Annual report of the Civil Veterinary Department, Bengal, for the year 1897-98 - 1897-1898
Year: 1897
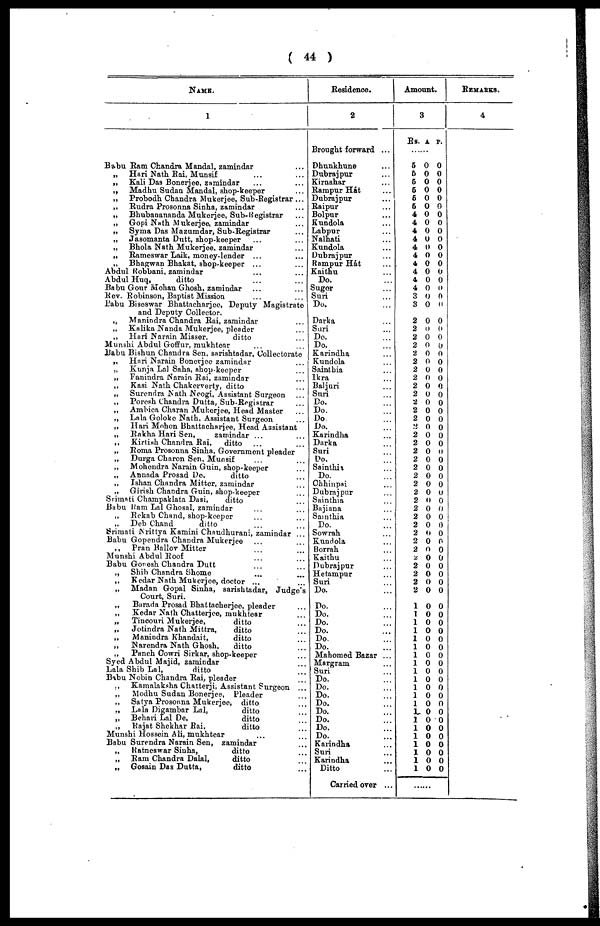
( 44 )
NAME.
1
Babu Ram Chandra Mandal, zamindar ...
„
Hari Nath Rai, Munsif ... ...
„
Kali Das Bonerjee, zamindar ... ...
„
Madhu Sudan Mandal, shop-keeper ...
„
Probodh Chandra Mukerjee, Sub-Registrar ...
„ Rudra Prosonna Sinha, zamindar ...
„
Bhubanananda Mukerjee, Sub-Registrar ...
„
Gopi Nath Mukerjee, zamindar ...
„
Syma Das Mazumdar, Sub-Registrar ...
„
Jasomanta Dutt, shop-keeper ...
„
Bhola Nath Mukerjee, zamindar ...
„ Rameswar Laik, money-lender ... ...
„
Bhagwan Bhakat, shop-keeper ... ...
Abdul Robbani, zamindar ... ...
Abdul Huq,
ditto ... ...
Babu Gour Mohan Ghosh, zamindar ... ...
Rev. Robinson, Baptist Mission ... ...
Pabu Biseswar Bhattacharjee, Deputy Magistrate
and Deputy Collector.
„
Manindra Chandra Rai, zamindar ...
„
Kalika Nanda Mukerjee, pleader ...
„
Hari Narain Misser,
ditto ...
Munshi Abdul Goffur, mukhtear ... ...
Babu Bishun Chandra Sen, sarishtadar, Collectorate
„
Hari Narain Bonerjee zamindar ...
„
Kunja Lal Saha, shop -keeper ...
„
Fanindra Narain Rai, zamindar ...
„
Kasi Nath Chakerverty, ditto ...
„
Surendra Nath Neogi, Assistant Surgeon ...
„
Poresh Chandra Dutta, Sub-Registrar ...
„
Ambica Charan Mukerjee, Head Master ...
„
Lala Goloke Nath, Assistant Surgeon ...
„
Hari Mohon Bhattacharjee, Head Assistant ...
„ Rakha Hari Sen,
zamindar ... ...
„
Kirtish Chandra Rai, ditto ... ...
„ Roma Prosonna Sinha, Government pleader
„
Durga Charon Sen, Munsif ... ...
„
Mohendra Narain Guin, shop-keeper ...
„
Annada Prosad Do.
ditto ...
„
Ishan Chandra Mitter, zamindar ...
„
Girish Chandra Guin, shop-keeper ...
Srimati Champaklata Dasi,
ditto ...
Babu Ram Lal Ghosal, zamindar ... ...
„ Rekab Chand, shop-keeper ... ...
„
Deb Chand
ditto ... ...
Srimati Nrittya Kamini Chnudhurani, zamindar ...
Babu Gopendra Chandra Mukerjee ... ...
„
Pran Balloy Mitter ... ...
Munshi Abdul Roof ... ...
Babu Gonesh Chandra Dutt ... ...
„
Shib Chandra Shome .. ....
„
Kedar Nath Mukerjee, doctor ... ...
„
Madan Gopal Sinha, sarishtadar, Judge's
Court, Suri.
„
Barada Prosad Bhattacherjee, pleader ...
„
Kedar Nath Chatterjee, mukhtear ...
„
Tincouri Mukerjee,
ditto ...
„
Jotindra Nath Mittra,
ditto ...
„
Manindra Khandait,
ditto ...
„
Narendra Nath Ghosh,
ditto ...
„
Panch Cowri Sirkar, shop-keeper ...
Syed Abdul Majid, zamindar ...
Lala Shib Lal,
ditto ...
Babu Nobin Chandra Rai, pleader...
., Kamalaksha Chatterji, Assistant Surgeon ...
„
Modhu Sudan Bonerjee, Pleader ...
„
Satya Prosonna Mukerjee, ditto ...
., Lala Digambar Lal,
ditto ...
„
Behari Lal De,
ditto ...
„ Rajat Shekhar
Rai,
ditto ...
Munshi Hossein Ali, mukhtear ... ...
Babu Surendra Narain Sen, zamindar ...
„ Ratneswar Sinha,
ditto ...
„ Ram Chandra Dalal,
ditto ...
„
Gosain Das Dutta,
ditto ...
Residence.
2
Brought forward ...
Dhunkhune ...
Dubrajpur ...
Kirnahar ...
Rampur Hát ...
Dubrajpur ...
Raipur ...
Bolpur ...
Kundola ...
Labpur ...
Nalhati ...
Kundola ...
Dubrajpur ...
Rampur Hát ...
Kaithu ...
Do. ...
Sugor ...
Suri ...
Do. ...
Darka ...
Sari ...
Do. ...
Do. ...
Karindha ...
Kundola ...
Saintbia ...
Ikra ...
Baljuri ...
Suri ...
Do. ...
Do. ...
Do ...
Do. ...
Karindha ...
Darka ...
Suri ...
Do. ...
Sainthia ...
Do. ...
Chhinpai ...
Dubrajpur ...
Sainthia ...
Bajiana ...
Sainthia ...
Do. ...
Sowrah ...
Kundola ...
Borrah ...
Kaithu ...
Dubrajpur ...
Hetampur ...
Suri ...
Do. ...
Do. ...
Do. ...
Do. ...
Do. ...
Do. ...
Do. ...
Mahomed Bazar ...
Margram ...
Suri ...
Do. ...
Do. ...
Do. ...
Do. ...
Do. ...
Do. ...
Do. ...
Do. ...
Karindha ...
Suri ...
Karindha ...
Ditto ...
Carried over ...
Amount.
3
Rs.
..
5
5
5
5
5
5
4
4
4
4
4
4
4
4
4
4
3
3
2
2
2
2
2
2
2
2
2
2
2
2
2
2
2
2
2
2
2
2
2
2
2
2
2
2
2
2
2
2
2
2
2
2
1
1
1
1
1
1
1
1
1
1
1
1
1
1
1
1
1
1
1
1
1
A
..
0
0
0
0
0
0
0
0
0
0
0
0
0
0
0
0
0
0
0
0
0
0
0
0
0
0
0
0
0
0
0
0
0
0
0
0
0
0
0
0
0
0
0
0
0
0
0
0
0
0
0
0
0
0
0
0
0
0
0
0
0
0
0
0
0
0
0
0
0
0
0
0
0
P.
..
0
0
0
0
0
0
0
0
0
0
0
0
0
0
0
0
0
0
0
0
0
0
0
0
0
0
0
0
0
0
0
0
0
0
0
0
0
0
0
0
0
0
0
0
0
0
0
0
0
0
0
0
0
0
0
0
0
0
0
0
0
0
0
0
0
0
0
0
0
0
0
0
0
......
REAMRKS.
4